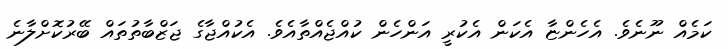
ކަމެއް ނޫނެވެ. އެހެންޏާ އެކަން އެކުރީ އަންހެން ކުއްޖެއްތާއެވެ. އެކުއްޖާގެ ޖަޒްބާތުތައް ބޭރުކޮށްލާނެ